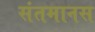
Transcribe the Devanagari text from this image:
संतमानस